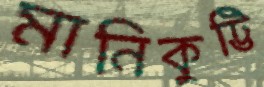
মানিকুট্টি